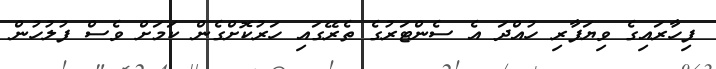
ފިހާރައިގެ ވިޔަފާރި ހުއްދަ އެ ސެންޓަރުގެ ތެރޭގައި ހަރުކޮށްގެން ކަމަށް ވެސް ފުލުހުން